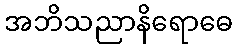
အဘိသညာနိရောဓေ